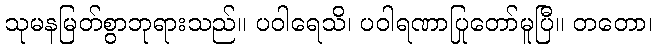
သုမနမြတ်စွာဘုရားသည်။ ပဝါရေသိ၊ ပဝါရဏာပြုတော်မူပြီ။ တတော၊